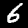
Label: 6